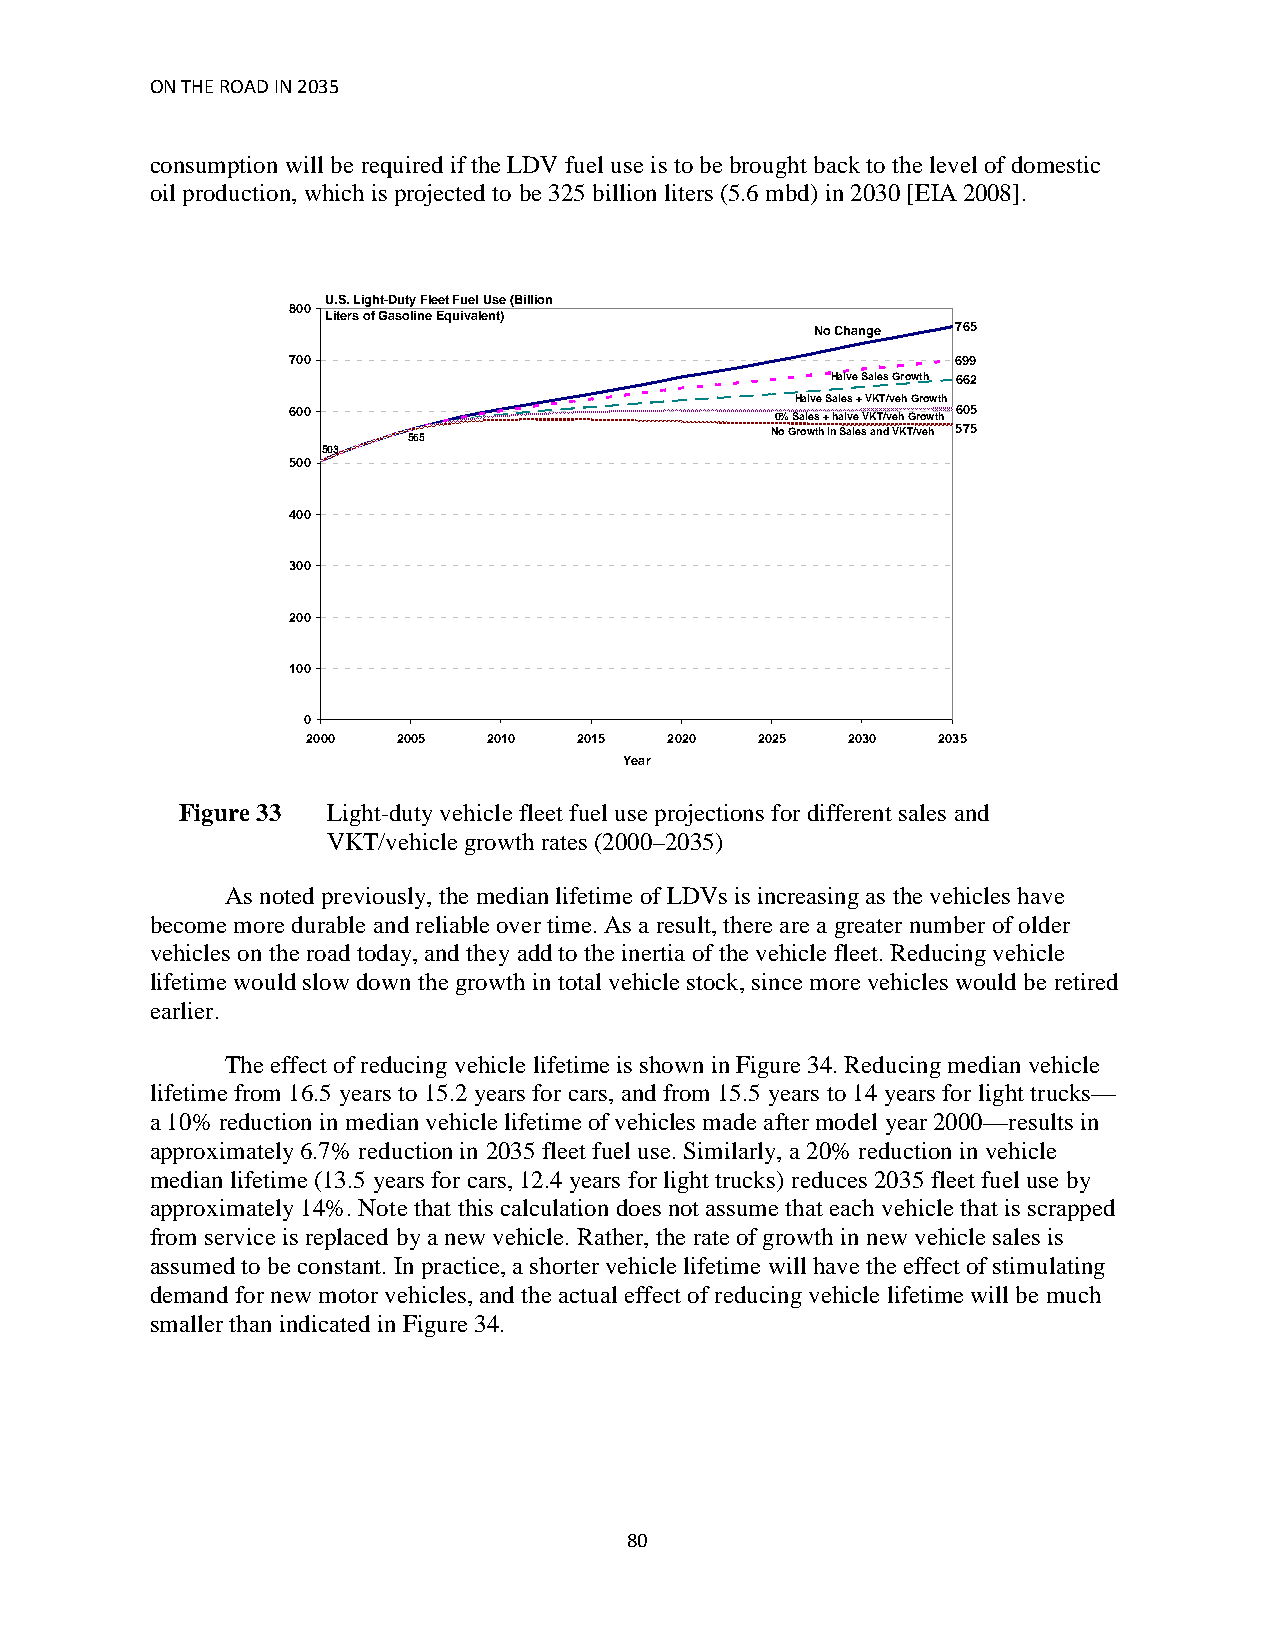
ON THE ROAD IN 2035
 consumption will be required if the LDV fuel use is to be brought back to the level of domestic
 oil production, which is projected to be 325 billion liters (5.6 mbd) in 2030 [EIA 2008].
 U.S. Light-Duty Fleet Fuel Use (Billion
 800
 Liters of Gasoline Equivalent)
 No Change 765
 700                                         699
 Halve Sales Growth 662
 Halve Sales + VKT/veh Growth
 600                             0% Sales + halve VKT/veh Growth 605
 565                     No Growth in Sales and VKT/veh 575
 503
 500
 400
 300
 200
 100
 0
 2000  2005  2010  2015  2020  2025  2030  2035
 Year
 Figure 33 Light-duty vehicle fleet fuel use projections for different sales and
 VKT/vehicle growth rates (2000–2035)
 As noted previously, the median lifetime of LDVs is increasing as the vehicles have
 become more durable and reliable over time. As a result, there are a greater number of older
 vehicles on the road today, and they add to the inertia of the vehicle fleet. Reducing vehicle
 lifetime would slow down the growth in total vehicle stock, since more vehicles would be retired
 earlier.
 The effect of reducing vehicle lifetime is shown in Figure 34. Reducing median vehicle
 lifetime from 16.5 years to 15.2 years for cars, and from 15.5 years to 14 years for light trucks—
 a 10% reduction in median vehicle lifetime of vehicles made after model year 2000—results in
 approximately 6.7% reduction in 2035 fleet fuel use. Similarly, a 20% reduction in vehicle
 median lifetime (13.5 years for cars, 12.4 years for light trucks) reduces 2035 fleet fuel use by
 approximately 14%. Note that this calculation does not assume that each vehicle that is scrapped
 from service is replaced by a new vehicle. Rather, the rate of growth in new vehicle sales is
 assumed to be constant. In practice, a shorter vehicle lifetime will have the effect of stimulating
 demand for new motor vehicles, and the actual effect of reducing vehicle lifetime will be much
 smaller than indicated in Figure 34.
 80